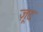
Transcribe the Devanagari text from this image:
ज़ूद